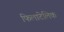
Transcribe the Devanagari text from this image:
फिलाटेलिक